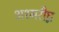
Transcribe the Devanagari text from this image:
अश्मरीघ्न